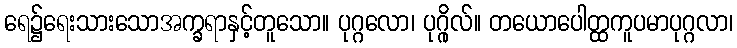
ရေ၌ရေးသားသောအက္ခရာနှင့်တူသော။ ပုဂ္ဂလော၊ ပုဂ္ဂိုလ်။ တယောပေါတ္ထကူပမာပုဂ္ဂလာ၊